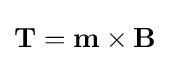
{\boldsymbol {\mathrm {T} }}=\mathbf {m} \times \mathbf {B}